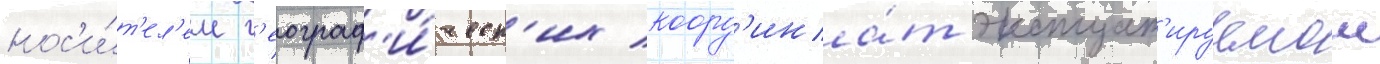
нос'и́т'ел'ем г'еограф'и́ческ'их коорд'ина́т эксплуат'ируемои